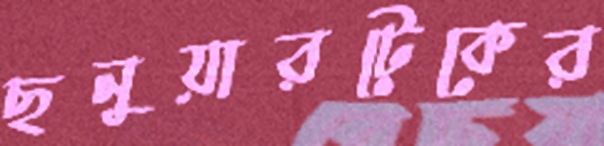
ছনুয়ারটেকের